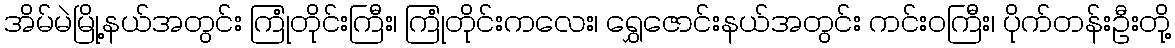
အိမ်မဲမြို့နယ်အတွင်း ကြုံတိုင်းကြီး၊ ကြုံတိုင်းကလေး၊ ရွှေဇောင်းနယ်အတွင်း ကင်းဝကြီး၊ ပိုက်တန်းဦးတို့